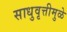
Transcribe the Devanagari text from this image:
साधुवृत्तीमुळे